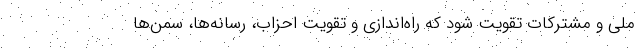
ملی و مشترکات تقویت شود که راه‌اندازی و تقویت احزاب، رسانه‌ها، سمن‌ها